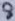
Text: 8